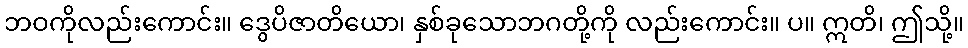
ဘဝကိုလည်းကောင်း။ ဒွေပိဇာတိယော၊ နှစ်ခုသောဘဂတို့ကို လည်းကောင်း။ ပ။ ဣတိ၊ ဤသို့။